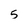
Character: 5